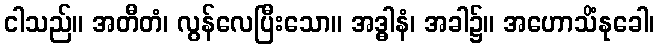
ငါသည်။ အတီတံ၊ လွန်လေပြီးသော။ အဒ္ဓါနံ၊ အခါ၌။ အဟောသိံနုခေါ၊